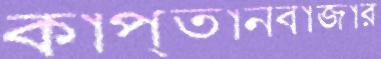
কাপ্তানবাজার